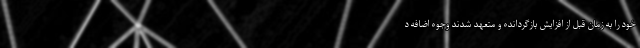
خود را به زمان قبل از افزایش بازگردانده و متعهد شدند وجوه اضافه د